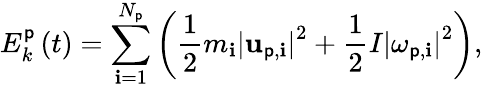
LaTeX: E_{k}^{\mathsf{p}}\left(t\right)=\sum_{\mathbf{i}=1}^{N_{\mathsf{p}}}\left(\frac{{1}}{{2}}m_{\mathbf{i}}\left|\mathbf{{u}}_{\mathsf{p},\mathbf{i}}\right|^{2}+\frac{{1}}{{2}}I\left|\mathbf{{\omega}}_{\mathsf{p},\mathbf{i}}\right|^{2}\right),